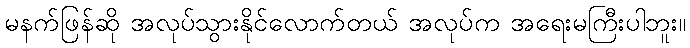
မနက်ဖြန်ဆို အလုပ်သွားနိုင်လောက်တယ် အလုပ်က အရေးမကြီးပါဘူး။